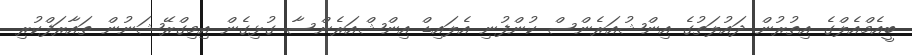
ބީއެމްއެލްގެ އިތުރުން ދައުލަތުގެ އިންޝުއަރެންސް ކުންފުނި އެލައިޑް އިންޝްއަރެންސާ ގުޅިގެން އިމިގްރޭޝަނުން ތައާރަފްކުރި